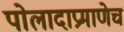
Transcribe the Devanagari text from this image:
पोलादाप्रमाणेच